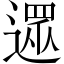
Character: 𨖙